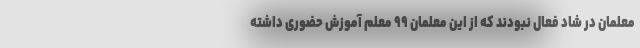
معلمان در شاد فعال نبودند که از این معلمان ۹۹ معلم آموزش حضوری داشته